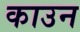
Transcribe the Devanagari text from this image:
काउन